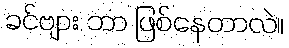
ခင်ဗျား ဘာ ဖြစ်နေတာလဲ။